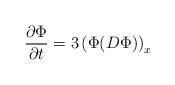
LaTeX: \begin{align*}{\partial \Phi\over \partial t} = 3 \left(\Phi(D\Phi)\right)_{x}\end{align*}